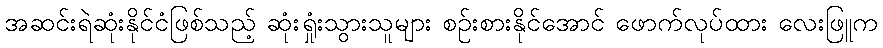
အဆင်းရဲဆုံးနိုင်ငံဖြစ်သည့် ဆုံးရှုံးသွားသူများ စဉ်းစားနိုင်အောင် ဖောက်လုပ်ထား လေးဖြူက